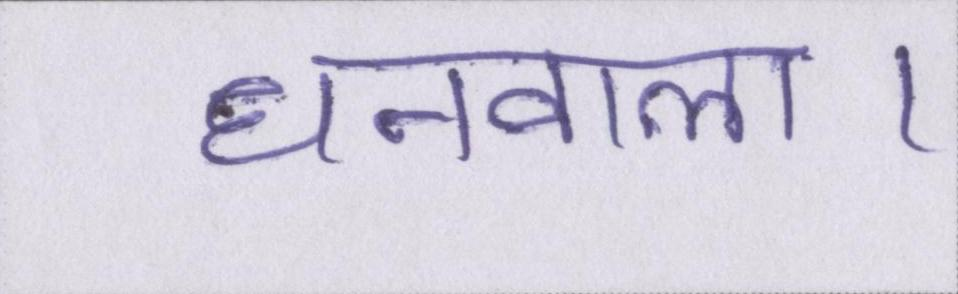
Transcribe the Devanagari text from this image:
धनवाला।